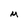
Character: M